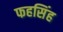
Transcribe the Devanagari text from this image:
फहसिंह